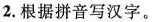
2.根据拼音写汉字。